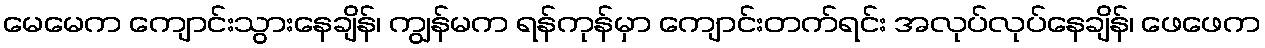
မေမေက ကျောင်းသွားနေချိန်၊ ကျွန်မက ရန်ကုန်မှာ ကျောင်းတက်ရင်း အလုပ်လုပ်နေချိန်၊ ဖေဖေက